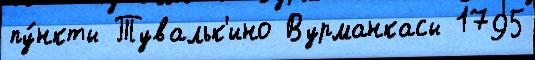
пу́нкты Тувальк'ино Вурманкасы 1795